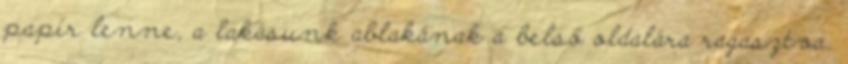
papír lenne, a lakásunk ablakának a belső oldalára ragasztva.